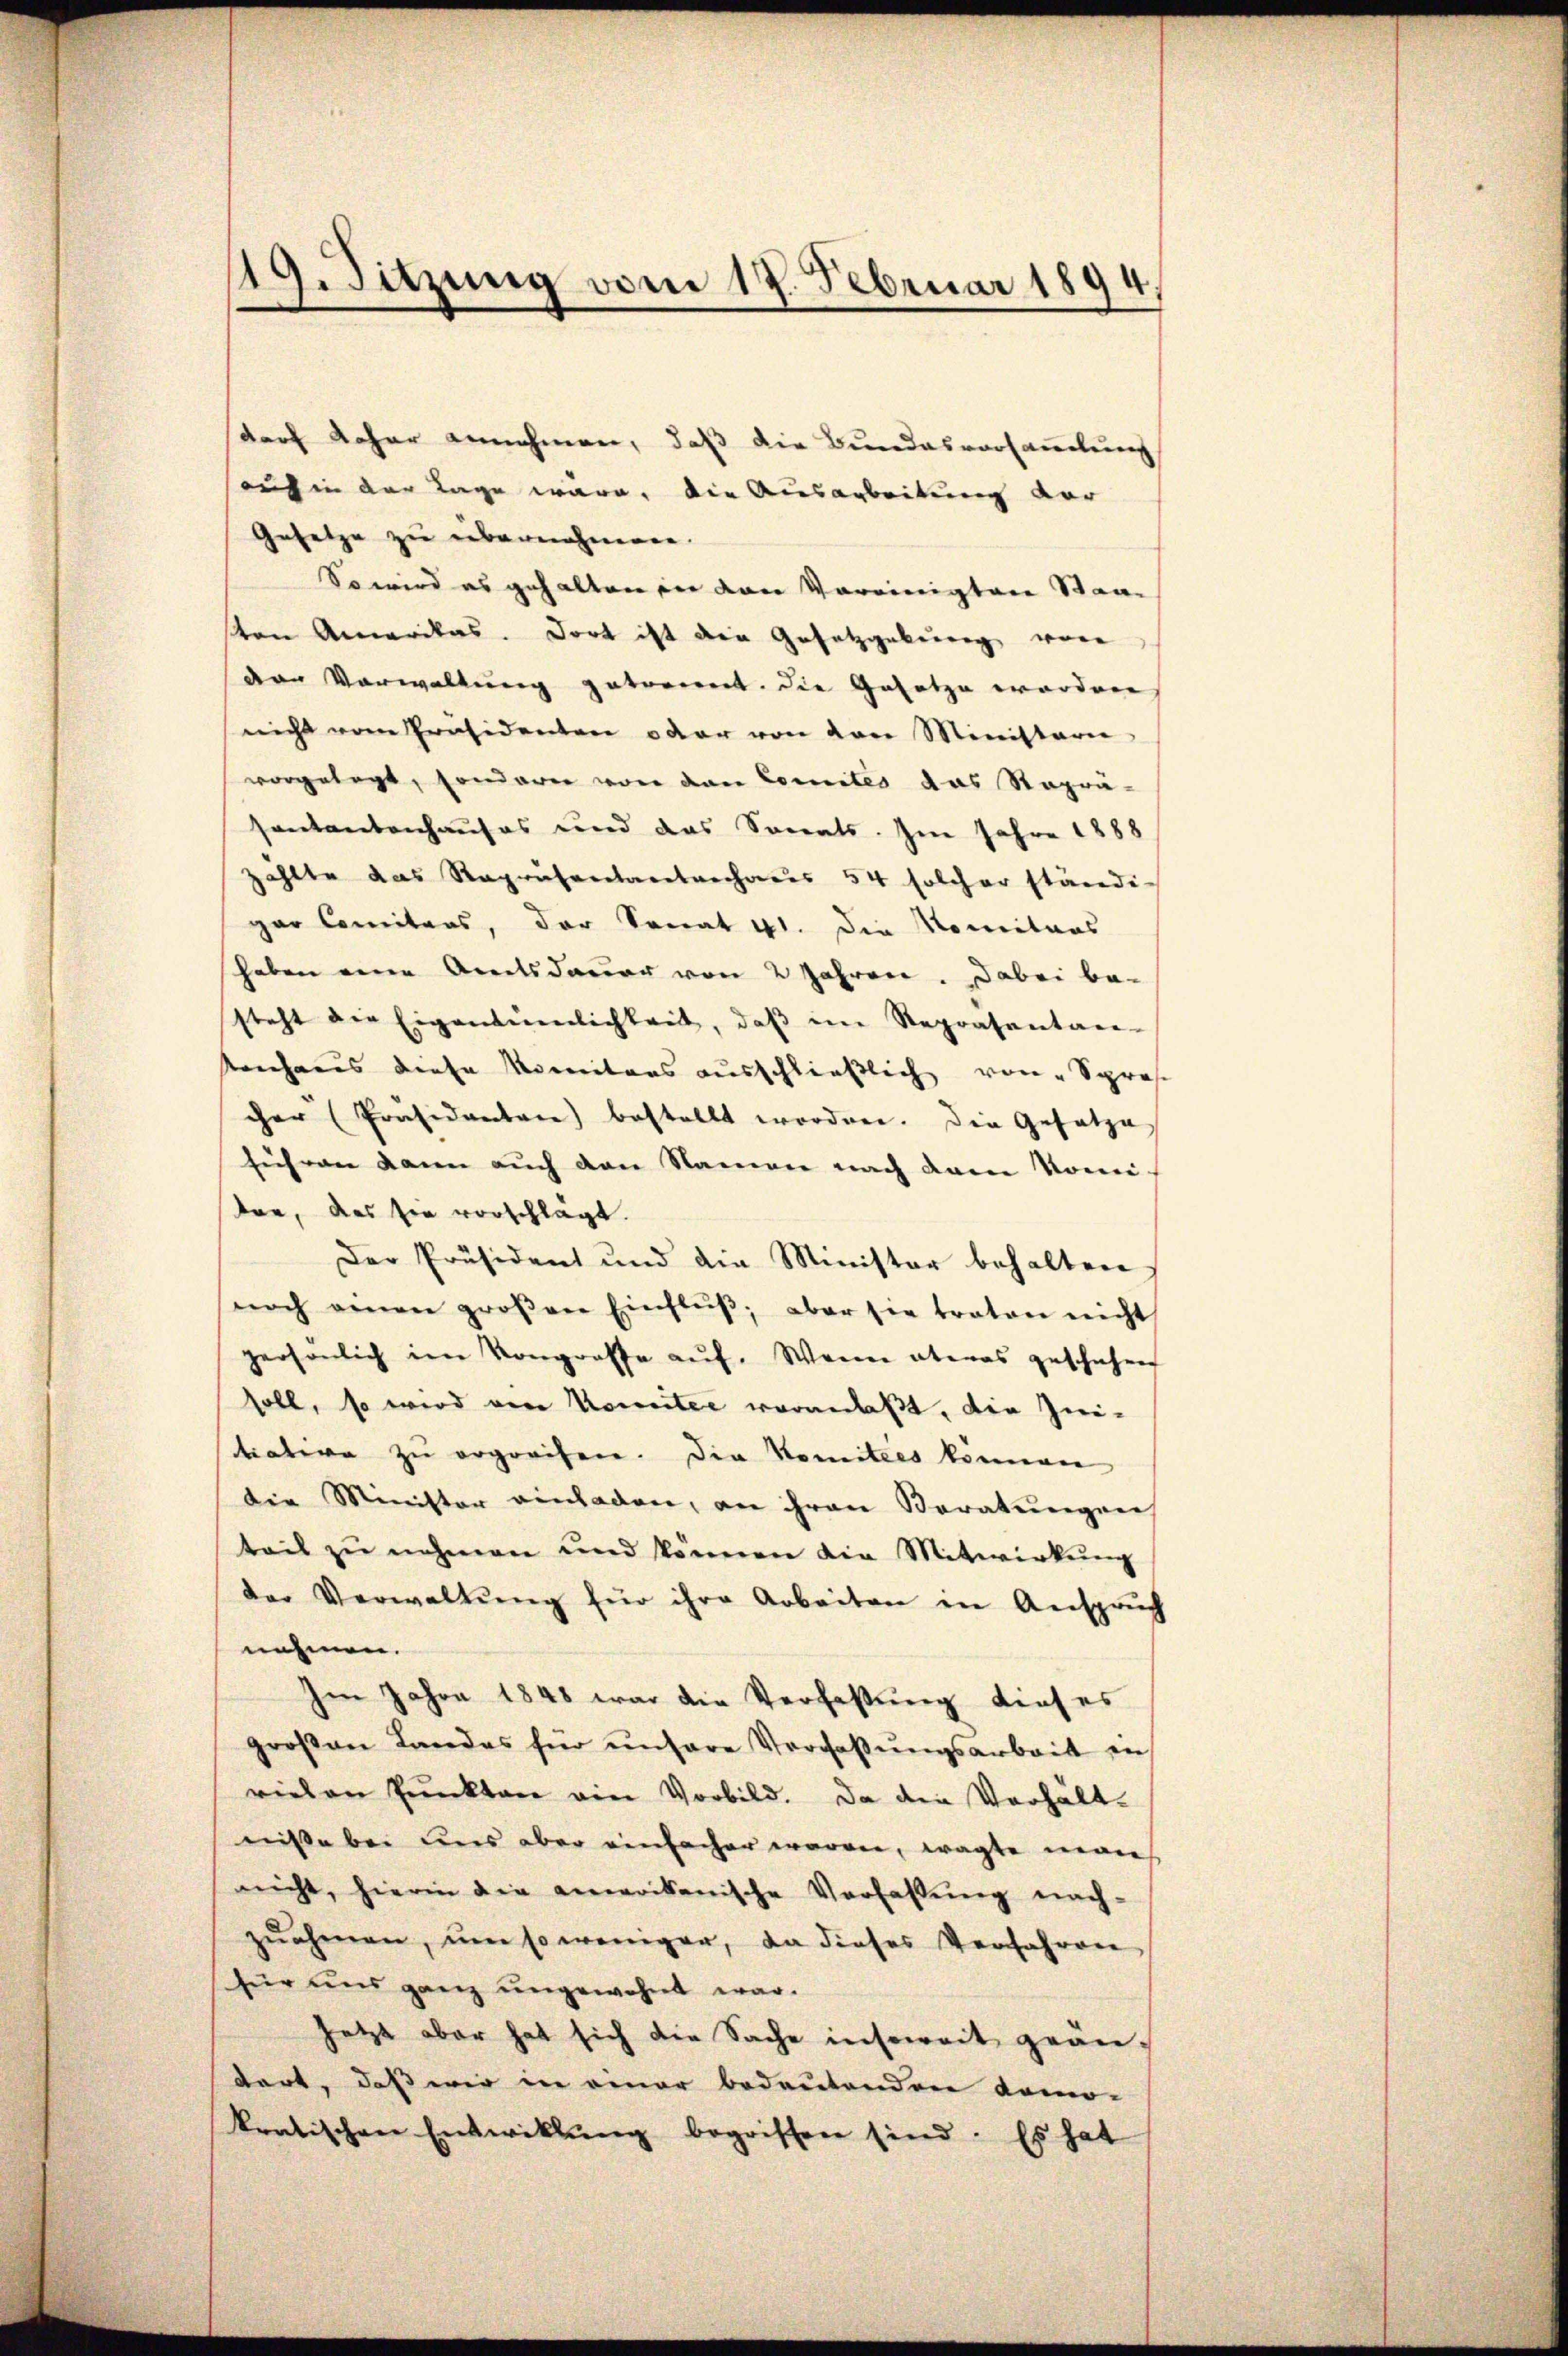
19. Sitzung vom 17. Februar 1894.

durch Kohar annehmen, daß die Bundesvorsammlung
auf in der Tage wäre, die Ausarbeitung vor
Gesetze zu übernehmen.
So wird es gehalten in den Vereinigten Staa
ton Amerikas. Dort ist die Gesetzgebung von
der Vorwaltung getrennt. Die Gesetze worden
nicht vom Präsidenten oder von von Ministerie
vorgelegt, sondern von den Comites das Reprä-
sentantenhauses und das Sanats. Im Jahre 1888
zählte das Repräsentantrechanis 54 solcher ständi-
gar Comitars, der Sonat 41. Die Nomitars
haben eine Amtsdauer von 2 Jahren. Dabei be-
steht die Eigenenenlichkeit, daβ im Repräsentan-
kenhaus diese Monitärs ausschließlich von Spres.
cher Präsidenten) bestellt worden. Die Gesetze
fuhren dann auch den Namen nach dem Komi-
ten, das sie vorschlägt.
Der Präsident und die Minister behalten
noch einen groβen Einflŭβ, aber sie traten nicht
persönlich im Kongrosse auf. Wenn etwas geschehen
soll, so wird von Komitee vorandaßt, die Zei-
tiative zu ergreifen. Die Komitees können
die Minister einladen, an ihren Beratungen
teil zŭ nehmen und können die Mitwirkŭng
der Verwaltŭng für ihre Arbeiten in Anspruch
nehmen.
Im Jahre 1848 war die Verfassung dieses
groβen Landes für unsere Versaβŭngsarbeit in
vielen Pŭnkten ein Vorbild. Da die Verhält-
niße bei des aber einfacher worden, wagte man
nicht, hierin die amerikanische Verfassŭng nach-
zuahmen, ŭm so weniger, da dieses Verfahren
für uns ganz ungewohnt war.
jetzt aber hat sich die Sache insoweit gean-
dert, daß wir in einer bedeutenden domo-
kratischen Entwicklung begriffen sind. Es hat